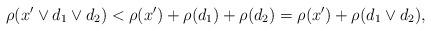
LaTeX: \begin{align*} \rho(x'\vee d_1\vee d_2)&<\rho(x')+\rho(d_1)+\rho(d_2) =\rho(x')+\rho(d_1\vee d_2), \end{align*}